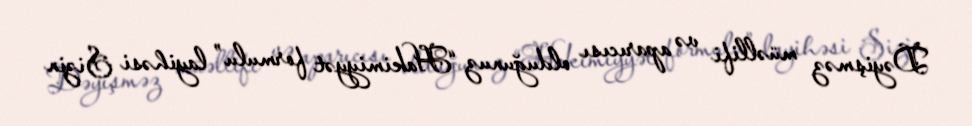
Dəyişməz müəllifi və aparıcısı olduğunuz “Hakimiyyət formulu” layihəsi Sizin